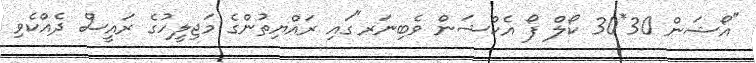
"އޯޝަން 30*30 ކޯލް ފޯ އެކްޝަން ވެބިނަރ"ގައި ރައްޔިތުންގެ މަޖިލީހުގެ ރައީސް ދެއްކެވި